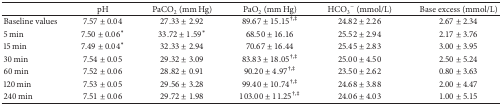
<table><thead><tr><td><b> </b></td><td><b>pH</b></td><td><b>PaCO<sub>2</sub> (mm Hg)</b></td><td><b>PaO<sub>2</sub> (mm Hg)</b></td><td><b>HCO<sub>3</sub><sup>−</sup> (mmol/L)</b></td><td><b>Base excess (mmol/L)</b></td></tr></thead><tbody><tr><td>Baseline values</td><td>7.57 ± 0.04</td><td>27.33 ± 2.92</td><td>89.67 ± 15.15<sup>†,‡</sup></td><td>24.82 ± 2.26</td><td>2.67 ± 2.34</td></tr><tr><td>5 min</td><td>7.50 ± 0.06*</td><td>33.72 ± 1.59*</td><td>68.50 ± 16.16</td><td>25.52 ± 2.94</td><td>2.17 ± 3.76</td></tr><tr><td>15 min</td><td>7.49 ± 0.04*</td><td>32.33 ± 2.94</td><td>70.67 ± 16.44</td><td>25.45 ± 2.83</td><td>3.00 ± 3.95</td></tr><tr><td>30 min</td><td>7.54 ± 0.05</td><td>29.32 ± 3.09</td><td>83.83 ± 18.05<sup>†,‡</sup></td><td>25.00 ± 4.50</td><td>2.50 ± 5.24</td></tr><tr><td>60 min</td><td>7.52 ± 0.06</td><td>28.82 ± 0.91</td><td>90.20 ± 4.97<sup>†,‡</sup></td><td>23.50 ± 2.62</td><td>0.80 ± 3.63</td></tr><tr><td>120 min</td><td>7.53 ± 0.05</td><td>29.56 ± 3.28</td><td>99.40 ± 10.74<sup>†,‡</sup></td><td>24.68 ± 3.88</td><td>2.00 ± 4.47</td></tr><tr><td>240 min</td><td>7.51 ± 0.06</td><td>29.72 ± 1.98</td><td>103.00 ± 11.25<sup>†,‡</sup></td><td>24.06 ± 4.03</td><td>1.00 ± 5.15</td></tr></tbody></table>